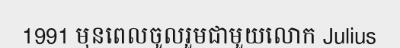
1991 មុនពេលចូលរួមជាមួយលោក Julius